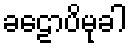
ခဠောပိမုခါ